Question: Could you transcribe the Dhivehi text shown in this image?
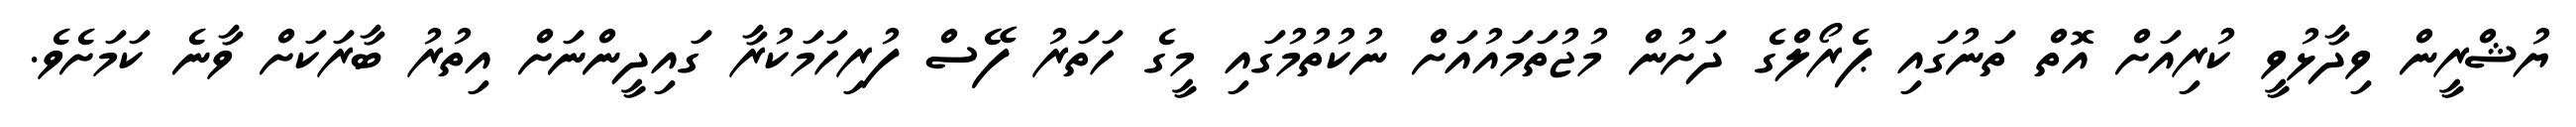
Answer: ޔުޝްރީން ވިދާޅުވީ ކުރިއަށް އޮތް ތަނުގައި ޕެރޯލްގެ ދަށުން މުޖުތަމައުއަށް ނުކުތުމުގައި މީގެ ހަތަރު ފޭސް ފުރިހަމަކުރާ ގައިދީންނަށް އިތުރު ބާރަކަށް ވާނެ ކަމަށެވެ.